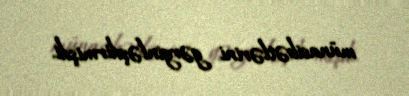
münasibətlərini gərginləşdirmişdi.